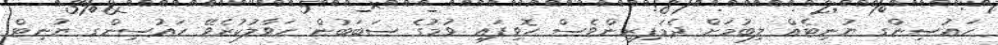
ހައުސިންގ ޔުނިޓެއް ލިބުމަށް ދެމަފިރިންވެސް ހޮވިފައި ވުމުގެ ސަބަބުން ހަވާލުކުރެވޭ ހައުސިންގ ޔުނިޓް